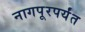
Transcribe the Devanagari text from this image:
नागपूरपर्यंत